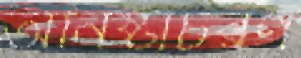
অনিষ্টাচরণ